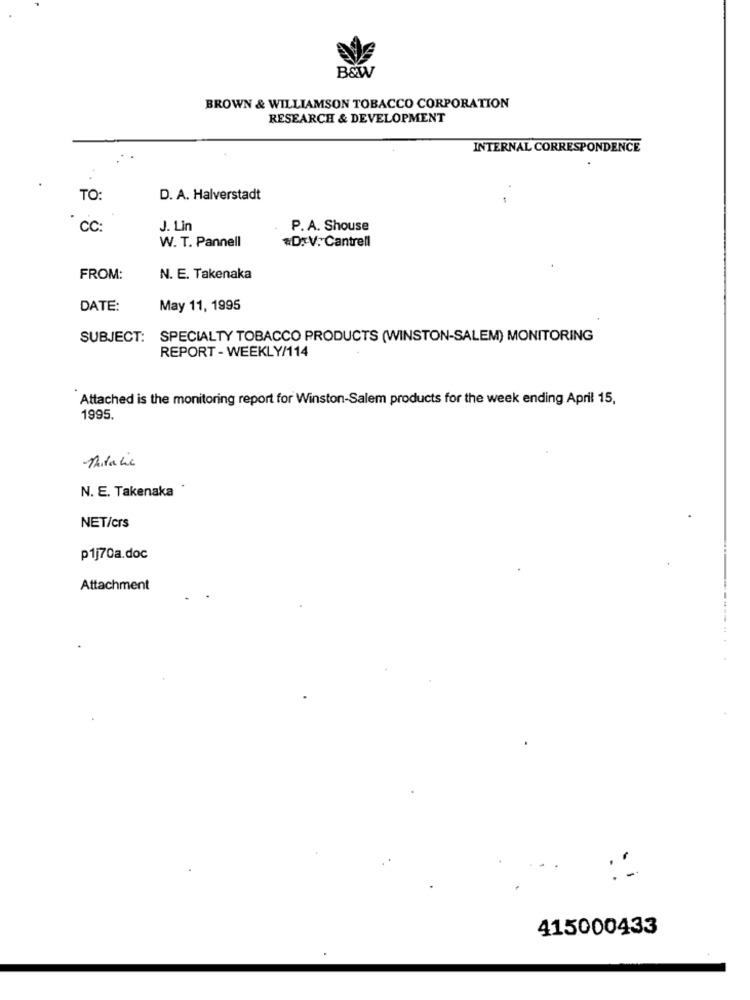
B&W
BROWN & WILLIAMSON TOBACCO CORPORATION
RESEARCH & DEVELOPMENT
INTERNAL CORRESPONDENCE
TO:
D. A. Halverstadt
cc:
J. Lin
P.A. Shouse
W. T. Pannell
#D:V. Cantrell
FROM:
N. E. Takenaka
DATE:
May 11, 1995
SUBJECT: SPECIALTY TOBACCO PRODUCTS (WINSTON-SALEM) MONITORING
REPORT - WEEKLY/114
Attached is the monitoring report for Winston-Salem products for the week ending April 15,
1995.
Mitalia
N. E. Takenaka *
NET/crs
p1j70a.doc
Attachment
415000433